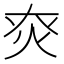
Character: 㶫